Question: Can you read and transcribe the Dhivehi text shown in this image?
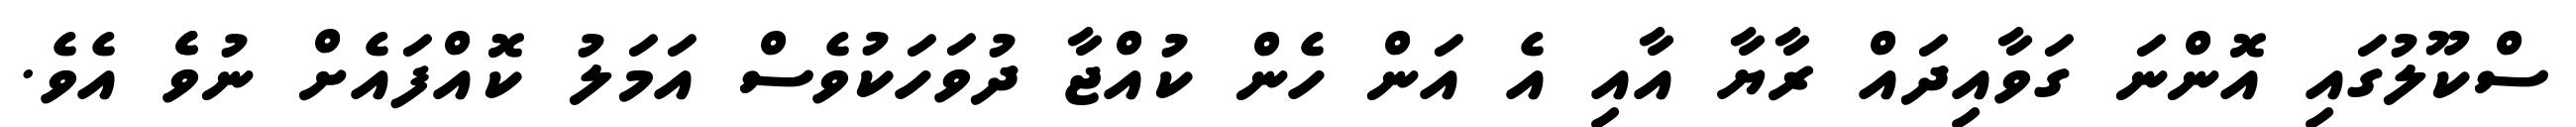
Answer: ސްކޫލުގައި އޮންނަ ގަވާއިދައް ރާޔާ އާއި އެ އަން ހެން ކުއްޖާ ދުވަހަކުވެސް އަމަލު ކޮއްފައެށް ނުވެެ އެވެ.